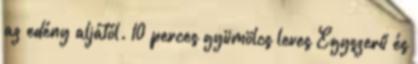
az edény aljától. 10 perces gyümölcs leves Egyszerű és